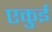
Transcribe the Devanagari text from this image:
एकुई